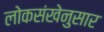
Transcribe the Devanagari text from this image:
लोकसंखेनुसार